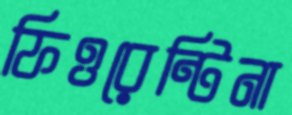
ফিওরেন্টিনা